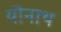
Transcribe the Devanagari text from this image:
योनाथ